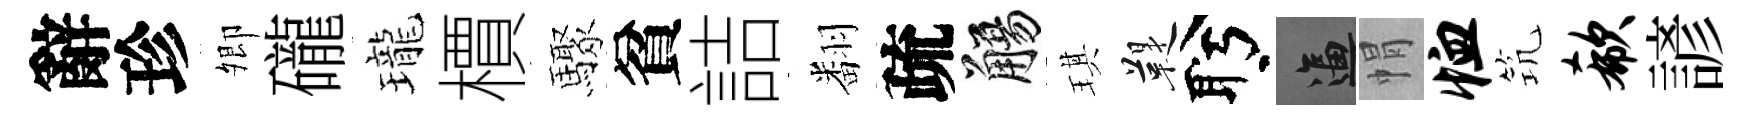
辭珍𡖖礲瓏檟驟貧詰翻疏觴琪鞮盻逼㡌恤𥬑欷諺